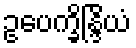
ဥပေက္ခိန္ဒြိယံ